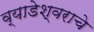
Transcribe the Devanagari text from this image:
व्याडेश्वराचे